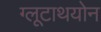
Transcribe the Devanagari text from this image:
ग्लूटाथयोन